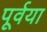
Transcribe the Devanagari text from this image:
पूर्वया